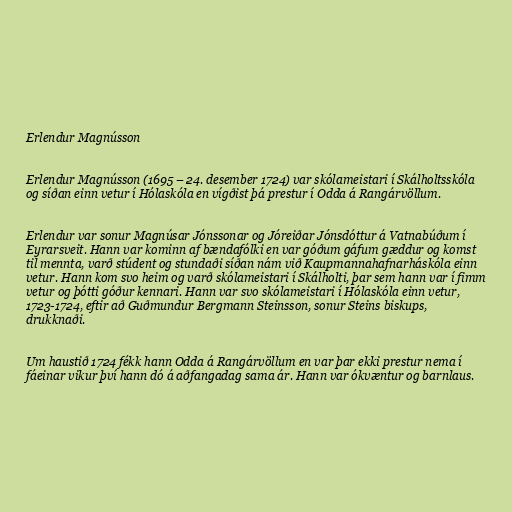
Erlendur Magnússon

Erlendur Magnússon (1695 – 24. desember 1724) var skólameistari í Skálholtsskóla
og síðan einn vetur í Hólaskóla en vígðist þá prestur í Odda á Rangárvöllum.

Erlendur var sonur Magnúsar Jónssonar og Jóreiðar Jónsdóttur á Vatnabúðum í
Eyrarsveit. Hann var kominn af bændafólki en var góðum gáfum gæddur og komst
til mennta, varð stúdent og stundaði síðan nám við Kaupmannahafnarháskóla einn
vetur. Hann kom svo heim og varð skólameistari í Skálholti, þar sem hann var í fimm
vetur og þótti góður kennari. Hann var svo skólameistari í Hólaskóla einn vetur,
1723-1724, eftir að Guðmundur Bergmann Steinsson, sonur Steins biskups,
drukknaði.

Um haustið 1724 fékk hann Odda á Rangárvöllum en var þar ekki prestur nema í
fáeinar vikur því hann dó á aðfangadag sama ár. Hann var ókvæntur og barnlaus.